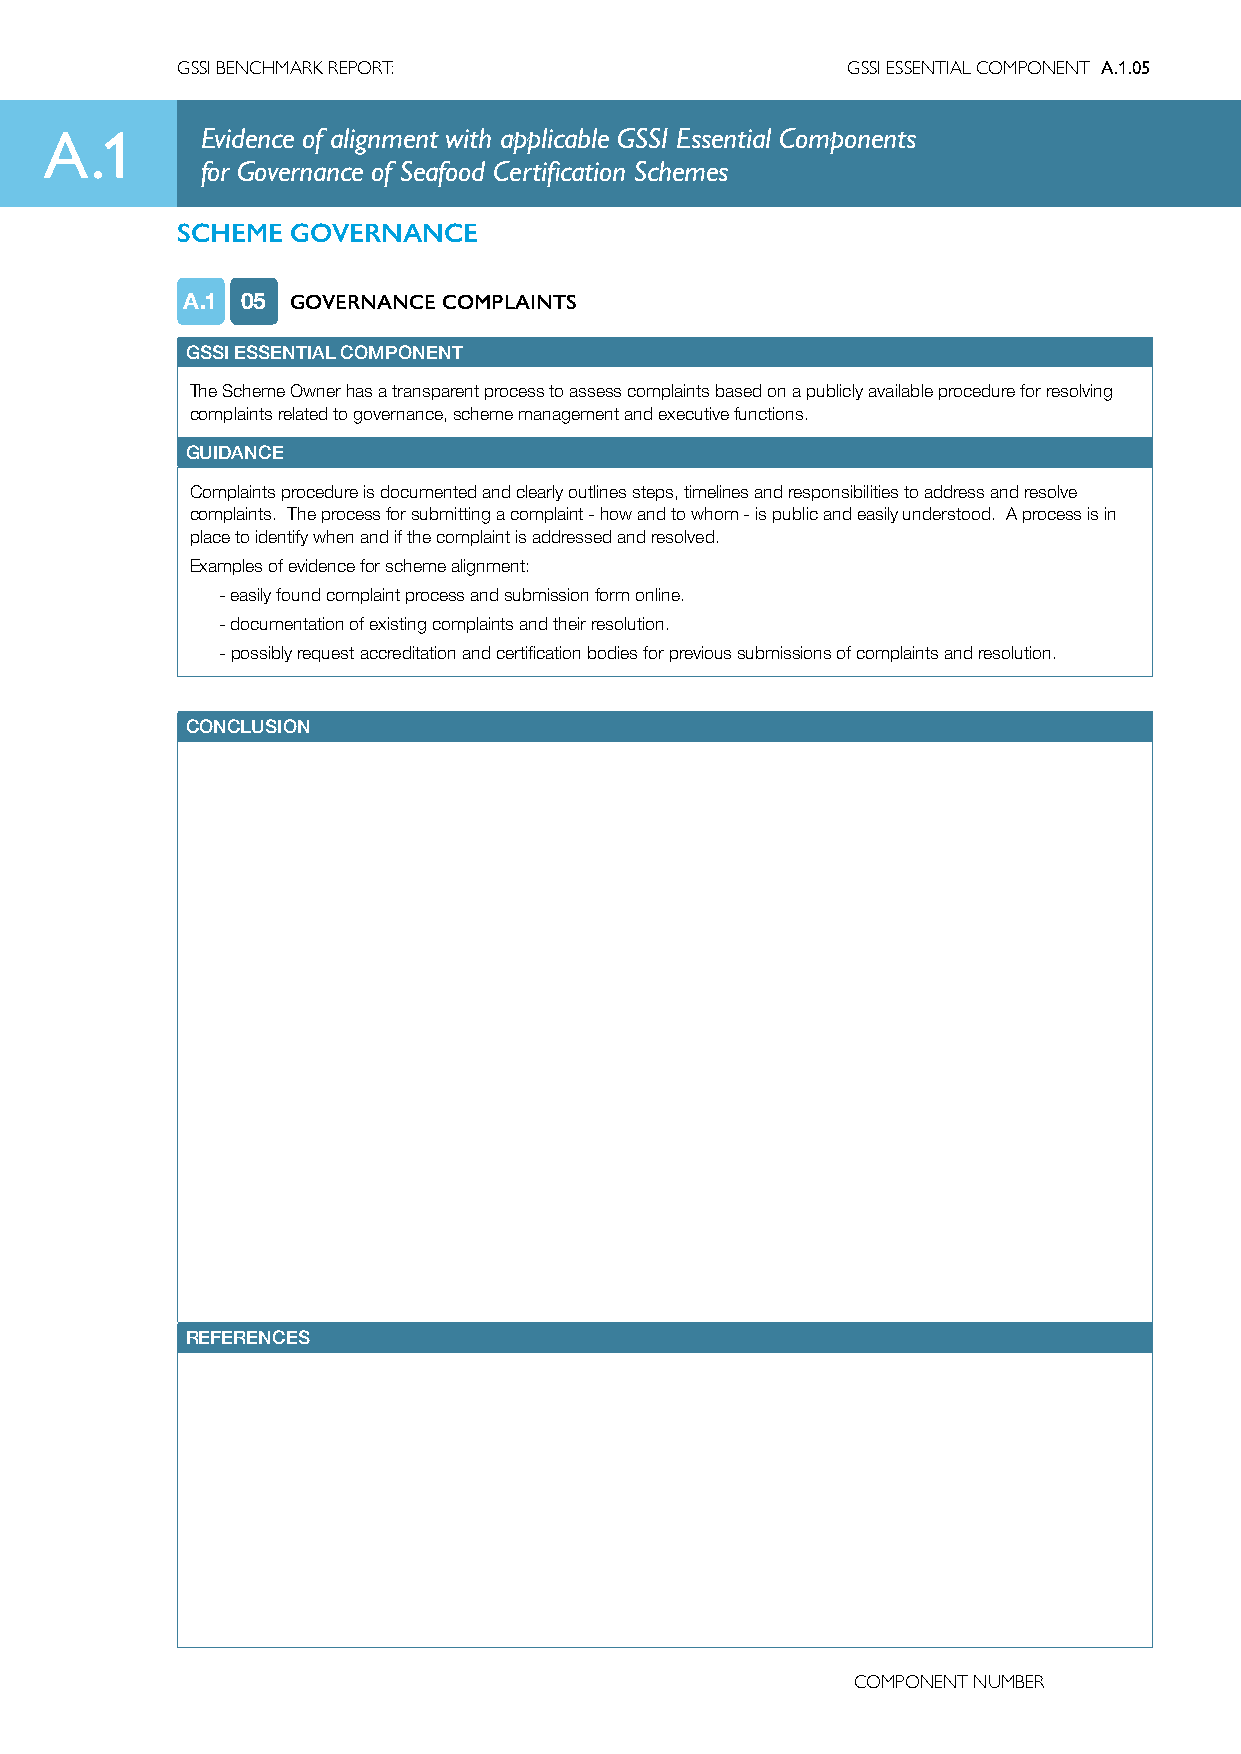
GSSI BENCHMARK REPORT:                      GSSI ESSENTIAL COMPONENT A.1.05
 A.1       Evidence of alignment with applicable GSSI Essential Components
 for Governance of Seafood Certification Schemes
 SCHEME GOVERNANCE
 A.1 05 GOVERNANCE COMPLAINTS
 GSSI ESSENTIAL COMPONENT
 The Scheme Owner has a transparent process to assess complaints based on a publicly available procedure for resolving
 complaints related to governance, scheme management and executive functions.
 GUIDANCE
 Complaints procedure is documented and clearly outlines steps, timelines and responsibilities to address and resolve
 complaints. The process for submitting a complaint - how and to whom - is public and easily understood. A process is in
 place to identify when and if the complaint is addressed and resolved.
 Examples of evidence for scheme alignment:
 -easily found complaint process and submission form online.
 -documentation of existing complaints and their resolution.
 - possibly request accreditation and certification bodies for previous submissions of complaints and resolution.
 CONCLUSION
 REFERENCES
 COMPONENT NUMBER